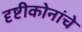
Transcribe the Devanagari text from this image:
दृष्टीकोनांचे